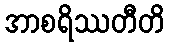
အာစရိဿတီတိ